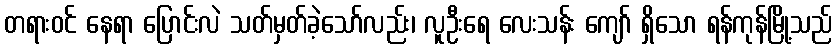
တရားဝင် နေရာ ပြောင်းလဲ သတ်မှတ်ခဲ့သော်လည်း၊ လူဦးရေ လေးသန်း ကျော် ရှိသော ရန်ကုန်မြို့သည်